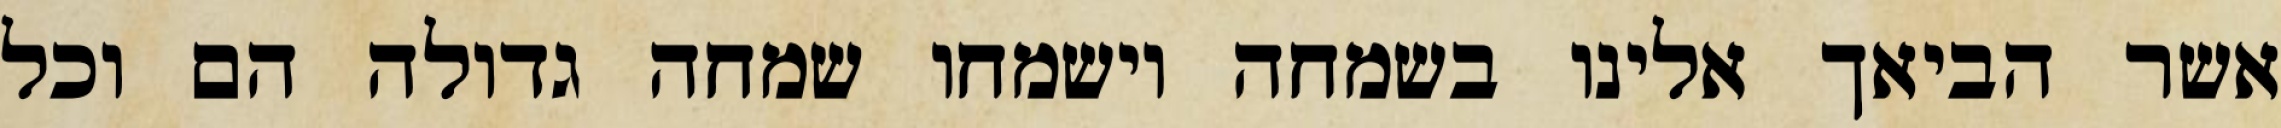
אשר הביאך אלינו בשמחה וישמחו שמחה גדולה הם וכל